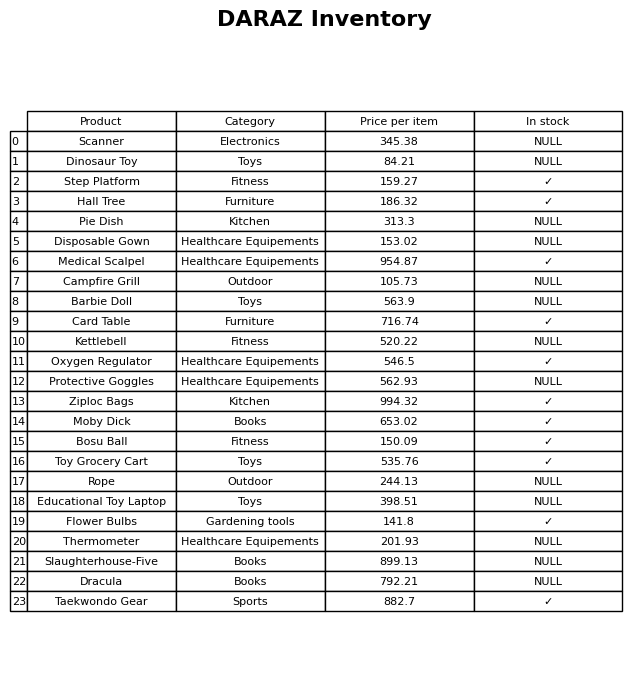
question: Which products are available in stock?
answer: Step Platform, Hall Tree, Medical Scalpel, Card Table, Oxygen Regulator, Ziploc Bags, Moby Dick, Bosu Ball, Toy Grocery Cart, Flower Bulbs, Taekwondo Gear